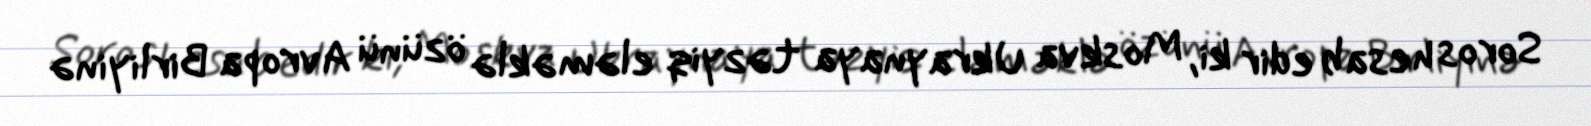
Soros hesab edir ki, Moskva Ukraynaya təzyiq eləməklə özünü Avropa Birliyinə